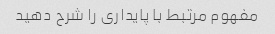
مفهوم مرتبط با پایداری را شرح دهید